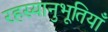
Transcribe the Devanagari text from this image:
रहस्यानुभूतियाँ